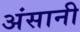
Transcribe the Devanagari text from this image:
अंसानी